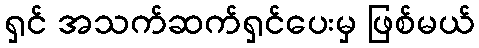
ရှင် အသက်ဆက်ရှင်ပေးမှ ဖြစ်မယ်